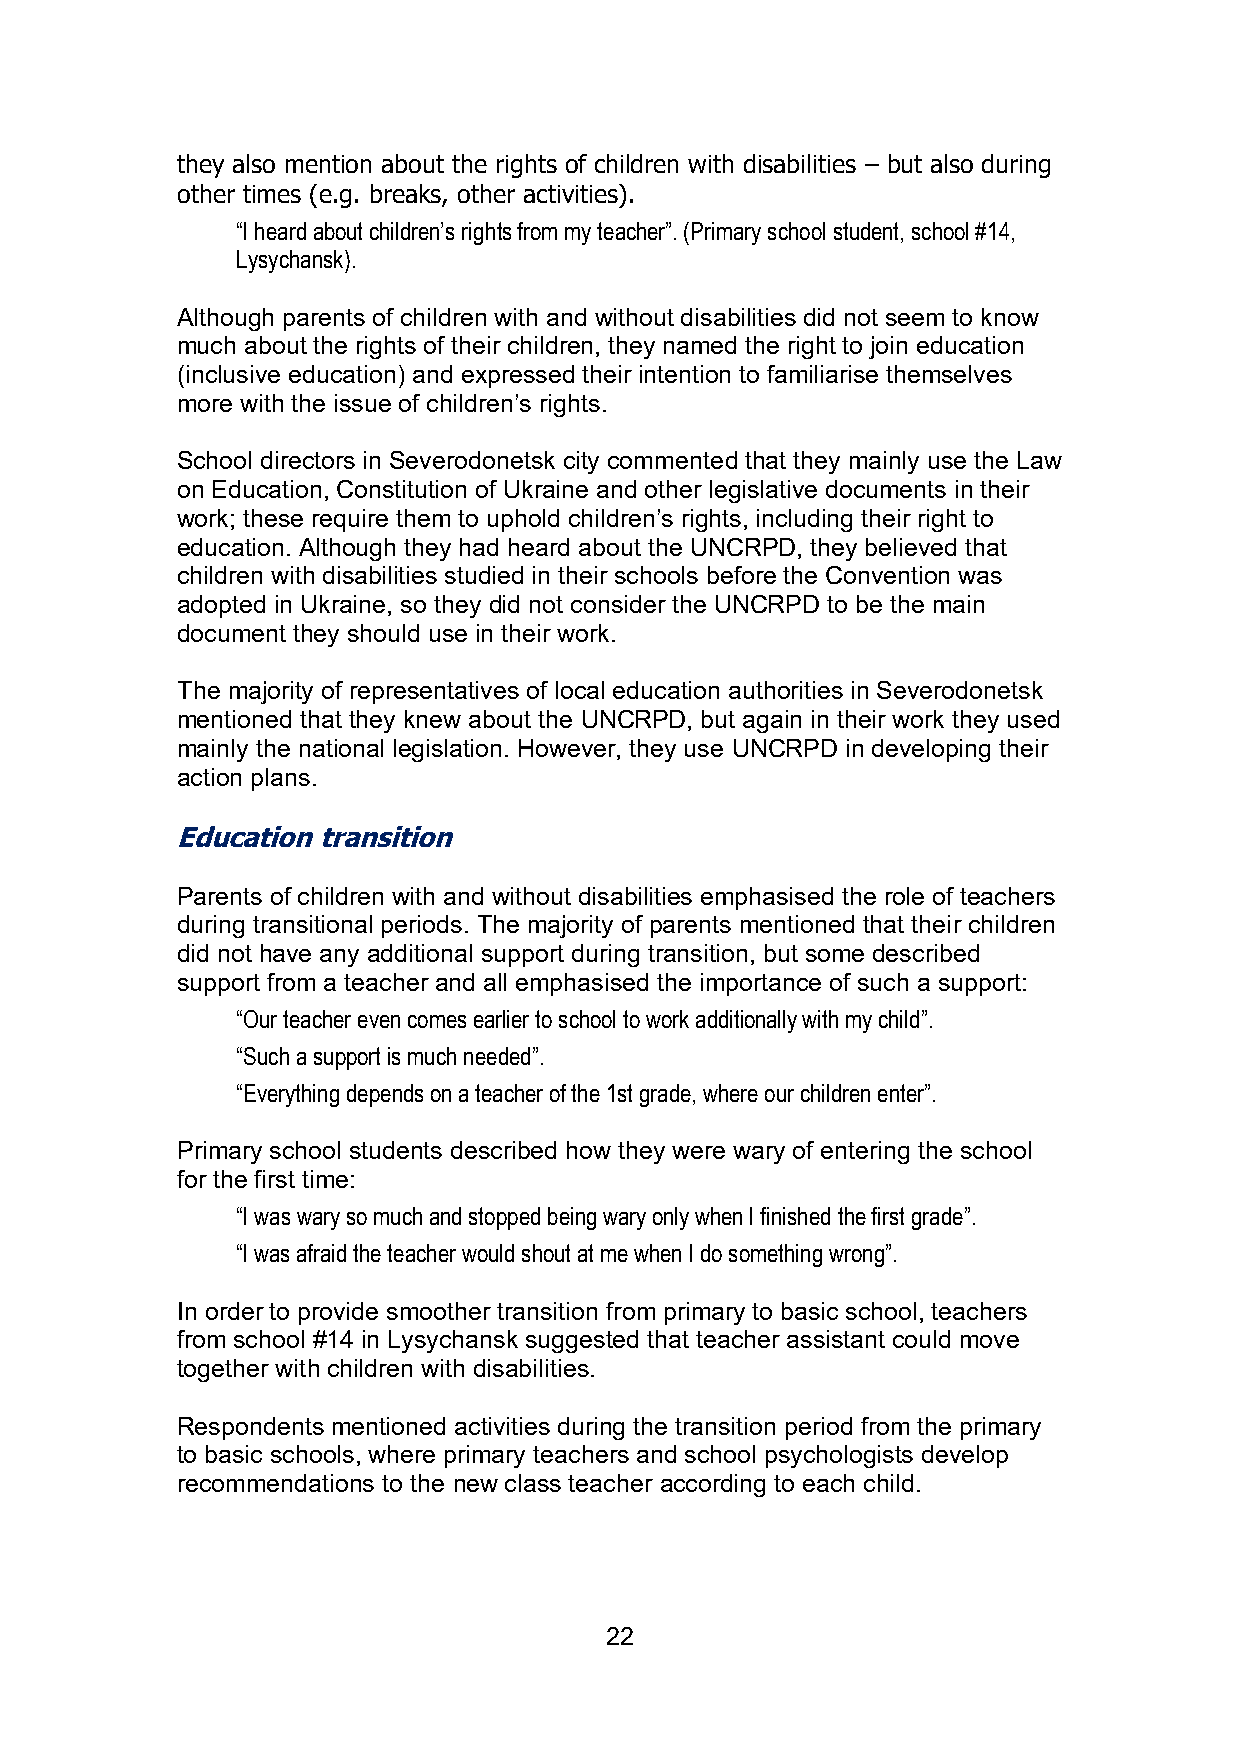
they also mention about the rights of children with disabilities – but also during
 other times (e.g. breaks, other activities).
 “I heard about children’s rights from my teacher”. (Primary school student, school #14,
 Lysychansk).
 Although parents of children with and without disabilities did not seem to know
 much about the rights of their children, they named the right to join education
 (inclusive education) and expressed their intention to familiarise themselves
 more with the issue of children’s rights.
 School directors in Severodonetsk city commented that they mainly use the Law
 on Education, Constitution of Ukraine and other legislative documents in their
 work; these require them to uphold children’s rights, including their right to
 education. Although they had heard about the UNCRPD, they believed that
 children with disabilities studied in their schools before the Convention was
 adopted in Ukraine, so they did not consider the UNCRPD to be the main
 document they should use in their work.
 The majority of representatives of local education authorities in Severodonetsk
 mentioned that they knew about the UNCRPD, but again in their work they used
 mainly the national legislation. However, they use UNCRPD in developing their
 action plans.
 Education transition
 Parents of children with and without disabilities emphasised the role of teachers
 during transitional periods. The majority of parents mentioned that their children
 did not have any additional support during transition, but some described
 support from a teacher and all emphasised the importance of such a support:
 “Our teacher even comes earlier to school to work additionally with my child”.
 “Such a support is much needed”.
 “Everything depends on a teacher of the 1st grade, where our children enter”.
 Primary school students described how they were wary of entering the school
 for the first time:
 “I was wary so much and stopped being wary only when I finished the first grade”.
 “I was afraid the teacher would shout at me when I do something wrong”.
 In order to provide smoother transition from primary to basic school, teachers
 from school #14 in Lysychansk suggested that teacher assistant could move
 together with children with disabilities.
 Respondents mentioned activities during the transition period from the primary
 to basic schools, where primary teachers and school psychologists develop
 recommendations to the new class teacher according to each child.
 22